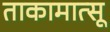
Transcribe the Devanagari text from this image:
ताकामात्सू